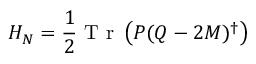
H _ { N } = \frac { 1 } { 2 } \mathrm { ~ T ~ r ~ } \left( P ( Q - 2 M ) ^ { \dagger } \right)